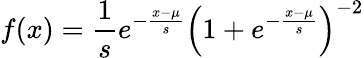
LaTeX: f(x)={\frac{1}{s}}e^{-{\frac{x-\mu}{s}}}{\Bigl(}1+e^{-{\frac{x-\mu}{s}}}{\Bigr)}^{-2}